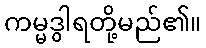
ကမ္မဒွါရတို့မည်၏။